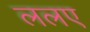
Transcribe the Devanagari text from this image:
ललए